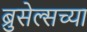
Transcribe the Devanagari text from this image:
ब्रुसेल्सच्या